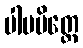
ပါပမိတ္တေ